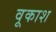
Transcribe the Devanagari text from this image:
वूकाश